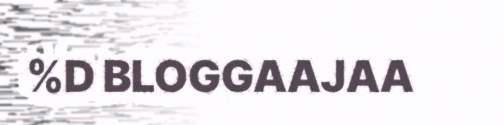
%D BLOGGAAJAA